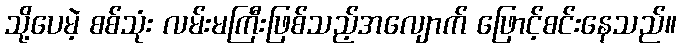
သို့ပေမဲ့ စစ်သုံး လမ်းမကြီးဖြစ်သည့်အလျောက် ဖြောင့်စင်းနေသည်။